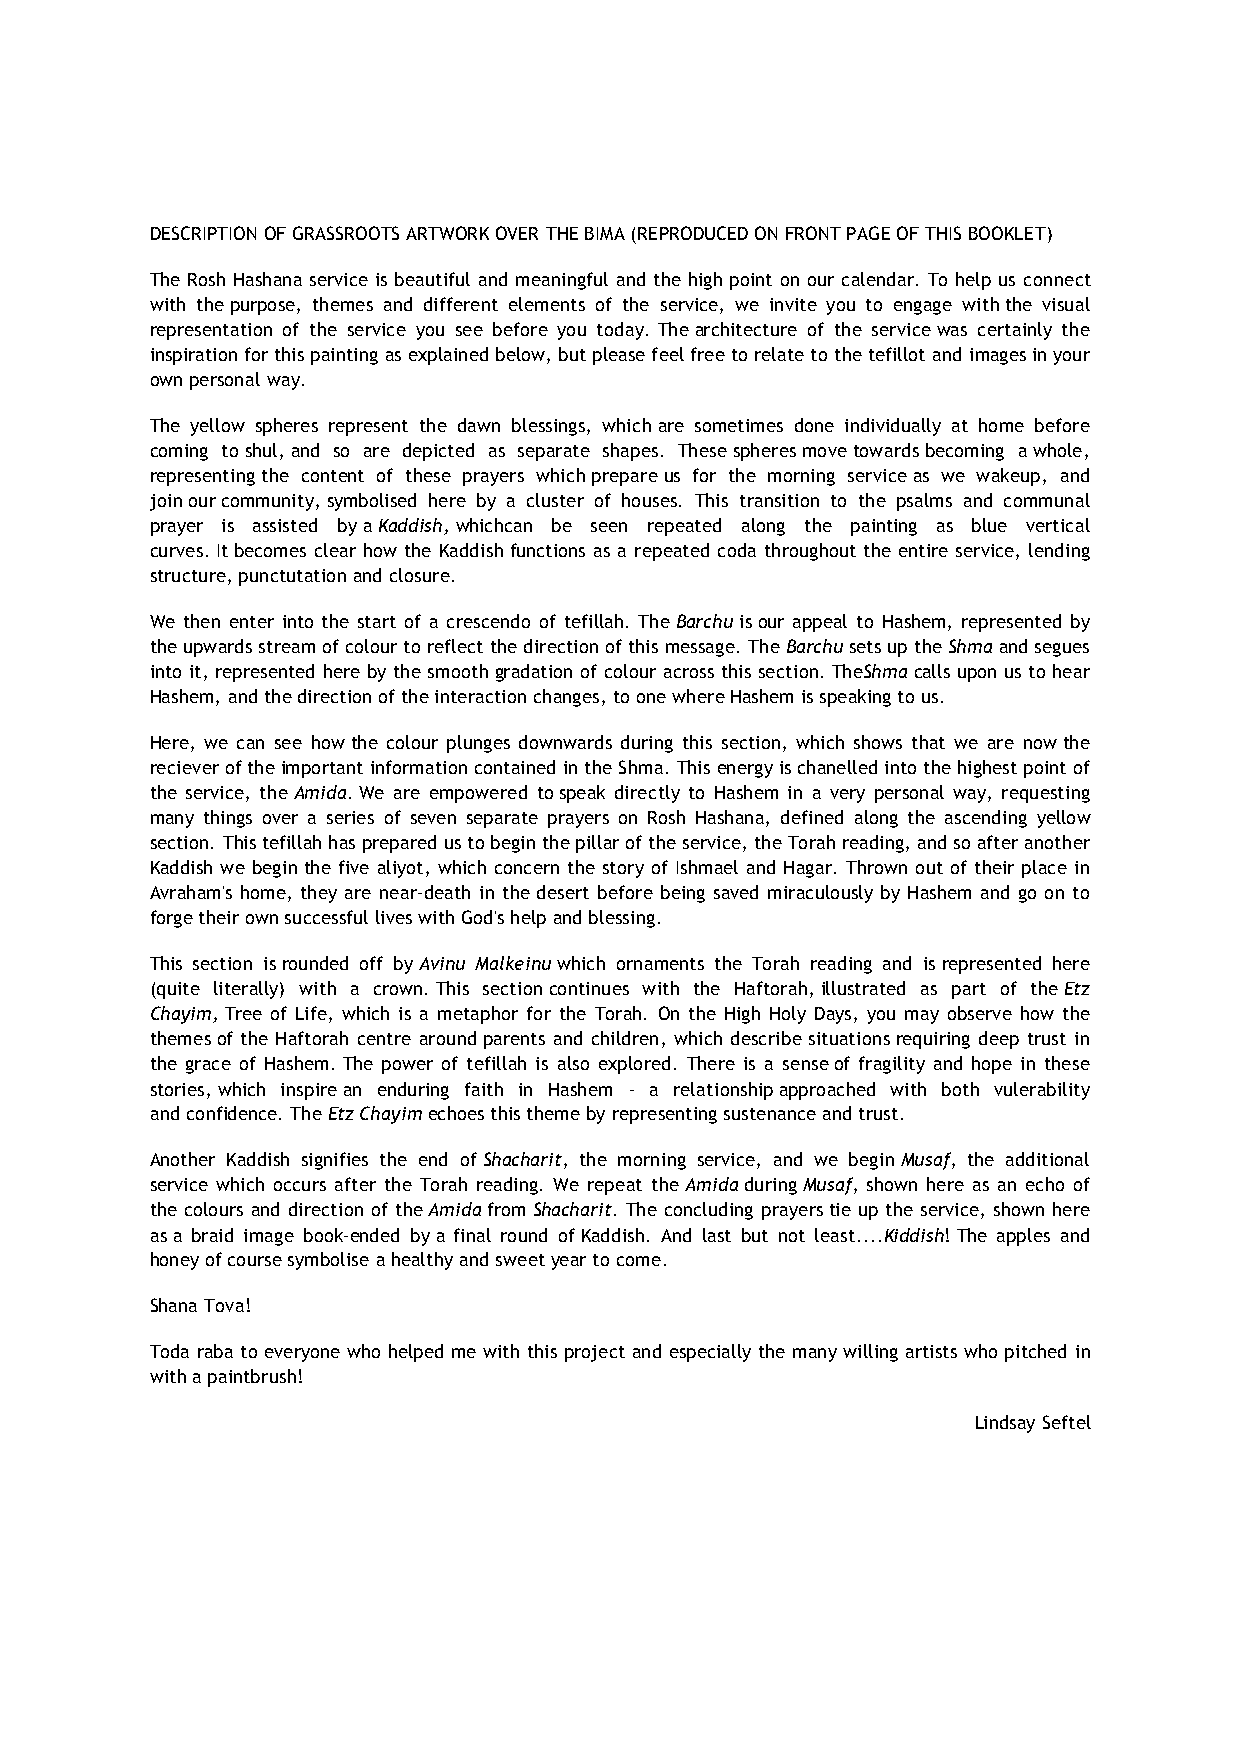
DESCRIPTION OF GRASSROOTS ARTWORK OVER THE BIMA (REPRODUCED ON FRONT PAGE OF THIS BOOKLET)
 The Rosh Hashana service is beautiful and meaningful and the high point on our calendar. To help us connect
 with the purpose, themes and different elements of the service, we invite you to engage with the visual
 representation of the service you see before you today. The architecture of the service was certainly the
 inspiration for this painting as explained below, but please feel free to relate to the tefillot and images in your
 own personal way.
 The yellow spheres represent the dawn blessings, which are sometimes done individually at home before
 coming to shul, and so are depicted as separate shapes. These spheres move towards becoming a whole,
 representing the content of these prayers which prepare us for the morning service as we wakeup, and
 join our community, symbolised here by a cluster of houses. This transition to the psalms and communal
 prayer is assisted by a Kaddish, whichcan be seen repeated along the painting as blue vertical
 curves. It becomes clear how the Kaddish functions as a repeated coda throughout the entire service, lending
 structure, punctutation and closure.
 We then enter into the start of a crescendo of tefillah. The Barchu is our appeal to Hashem, represented by
 the upwards stream of colour to reflect the direction of this message. The Barchu sets up the Shma and segues
 into it, represented here by the smooth gradation of colour across this section. TheShma calls upon us to hear
 Hashem, and the direction of the interaction changes, to one where Hashem is speaking to us.
 Here, we can see how the colour plunges downwards during this section, which shows that we are now the
 reciever of the important information contained in the Shma. This energy is chanelled into the highest point of
 the service, the Amida. We are empowered to speak directly to Hashem in a very personal way, requesting
 many things over a series of seven separate prayers on Rosh Hashana, defined along the ascending yellow
 section. This tefillah has prepared us to begin the pillar of the service, the Torah reading, and so after another
 Kaddish we begin the five aliyot, which concern the story of Ishmael and Hagar. Thrown out of their place in
 Avraham's home, they are near-death in the desert before being saved miraculously by Hashem and go on to
 forge their own successful lives with God's help and blessing.
 This section is rounded off by Avinu Malkeinu which ornaments the Torah reading and is represented here
 (quite literally) with a crown. This section continues with the Haftorah, illustrated as part of the Etz
 Chayim, Tree of Life, which is a metaphor for the Torah. On the High Holy Days, you may observe how the
 themes of the Haftorah centre around parents and children, which describe situations requiring deep trust in
 the grace of Hashem. The power of tefillah is also explored. There is a sense of fragility and hope in these
 stories, which inspire an enduring faith in Hashem - a relationship approached with both vulerability
 and confidence. The Etz Chayim echoes this theme by representing sustenance and trust.
 Another Kaddish signifies the end of Shacharit, the morning service, and we begin Musaf, the additional
 service which occurs after the Torah reading. We repeat the Amida during Musaf, shown here as an echo of
 the colours and direction of the Amida from Shacharit. The concluding prayers tie up the service, shown here
 as a braid image book-ended by a final round of Kaddish. And last but not least....Kiddish! The apples and
 honey of course symbolise a healthy and sweet year to come.
 Shana Tova!
 Toda raba to everyone who helped me with this project and especially the many willing artists who pitched in
 with a paintbrush!
 Lindsay Seftel